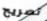
تصريح